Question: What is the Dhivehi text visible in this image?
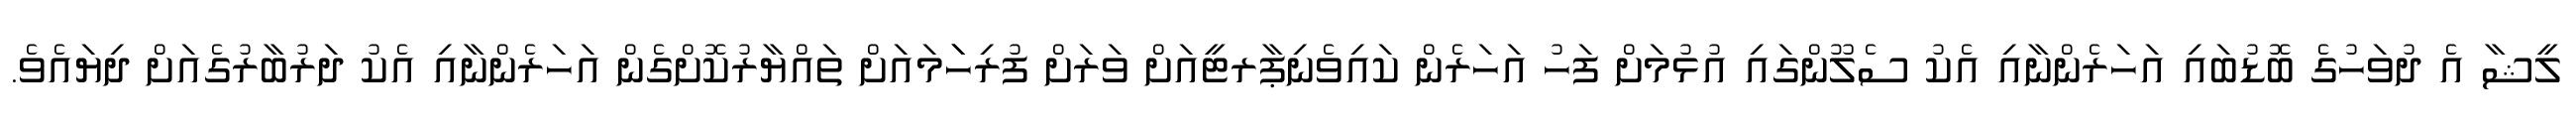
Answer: ލީޝާ އެ ދުވަހުގެ ބޮޑުބައި އަހަރެންނާއި އެކު ސެލޫންގައި އުޅުމަށް ފަހު އަހަރެން ކައިވެނިޕާރޓީއަށް ވަރަށް ފުރިހަަމައަށް ތައްޔާރުކޮށްގެން އަހަރެންނާއި އެކު ދަރުބާރުގެއަށް ދިޔައެވެ.